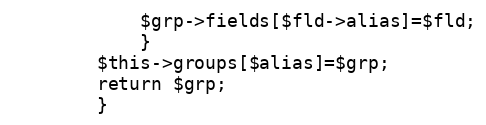
Language: PHP
			$grp->fields[$fld->alias]=$fld;
			}
		$this->groups[$alias]=$grp;
		return $grp;
		}